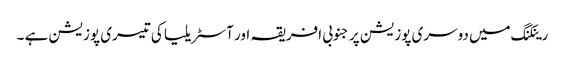
رینکنگ میں دوسری پوزیشن پر جنوبی افریقہ اور آسٹریلیا کی تیسری پوزیشن ہے ۔